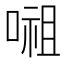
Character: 𭉷